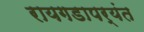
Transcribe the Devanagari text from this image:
रायगडापर्यंत